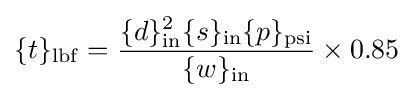
\{t\}_{\mathrm {lbf} }={\frac {\{d\}_{\mathrm {in} }^{2}\{s\}_{\mathrm {in} }\{p\}_{\mathrm {psi} }}{\{w\}_{\mathrm {in} }}}\times 0.85